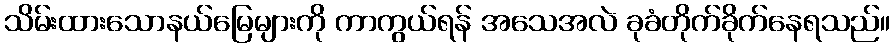
သိမ်းထားသောနယ်မြေများကို ကာကွယ်ရန် အသေအလဲ ခုခံတိုက်ခိုက်နေရသည်။